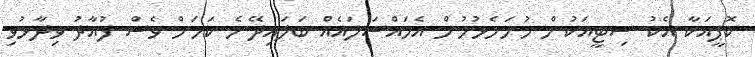
ކޮޕީއަކާ އެކު ސިޓީއަކުން ހުށަހެޅުމުން އެމައްސަލައެއް ބަލައިދޭނެ ކަމަށް ވެސް ފުއާދު ވިދާޅުވި